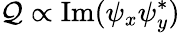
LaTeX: \mathcal{Q}\propto\mathrm{{Im}}(\psi_{x}\psi_{y}^{*})